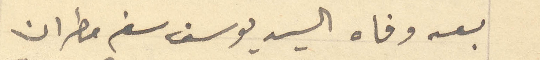
بعد وفاه السيد يوسف سفر مطران